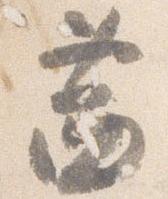
茜